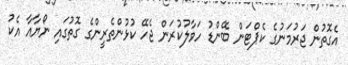
އެގޮތުން ޖަރުމަނުގެ ކެޕްޓަން ބޭންޑު ހަވާލުކުރަން ޖެހޭ ކުޅުންތެރީންގެ ގޮތުގައި ނޯޔާއާ އެކު